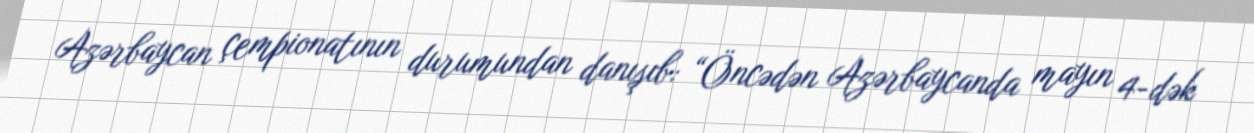
Azərbaycan çempionatının durumundan danışıb: “Öncədən Azərbaycanda mayın 4-dək